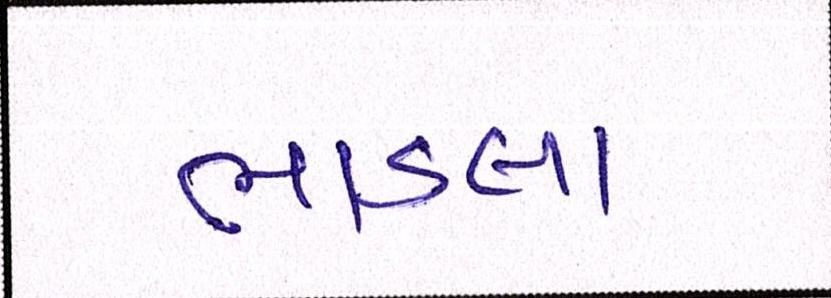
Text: ભાડલા